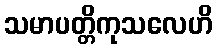
သမာပတ္တိကုသလေဟိ